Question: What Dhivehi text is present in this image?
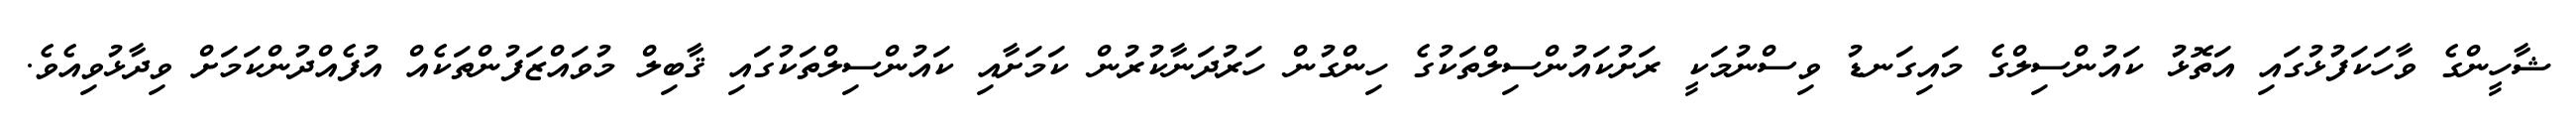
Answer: ޝާހީންގެ ވާހަކަފުޅުގައި އަތޮޅު ކައުންސިލްގެ މައިގަނޑު ވިސްނުމަކީ ރަށުކައުންސިލްތަކުގެ ހިންގުން ހަރުދަނާކުރުން ކަމަށާއި ކައުންސިލްތަކުގައި ޤާބިލް މުވައްޒަފުންތަކެއް އުފެއްދުންކަމަށް ވިދާޅުވިއެވެ.